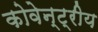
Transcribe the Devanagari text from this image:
कोवेन्ट्रीय